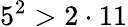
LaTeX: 5^{2}>2\cdot 11